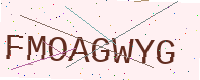
Text: FMOAGWYG